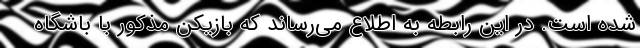
شده است. در این رابطه به اطلاع می‌رساند که بازیکن مذکور با باشگاه